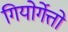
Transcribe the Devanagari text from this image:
गियोर्गेत्तो